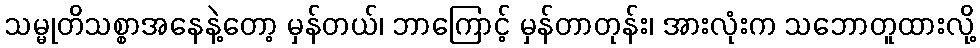
သမ္မုတိသစ္စာအနေနဲ့တော့ မှန်တယ်၊ ဘာကြောင့် မှန်တာတုန်း၊ အားလုံးက သဘောတူထားလို့